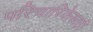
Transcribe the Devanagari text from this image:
परिचारिकेसाठी